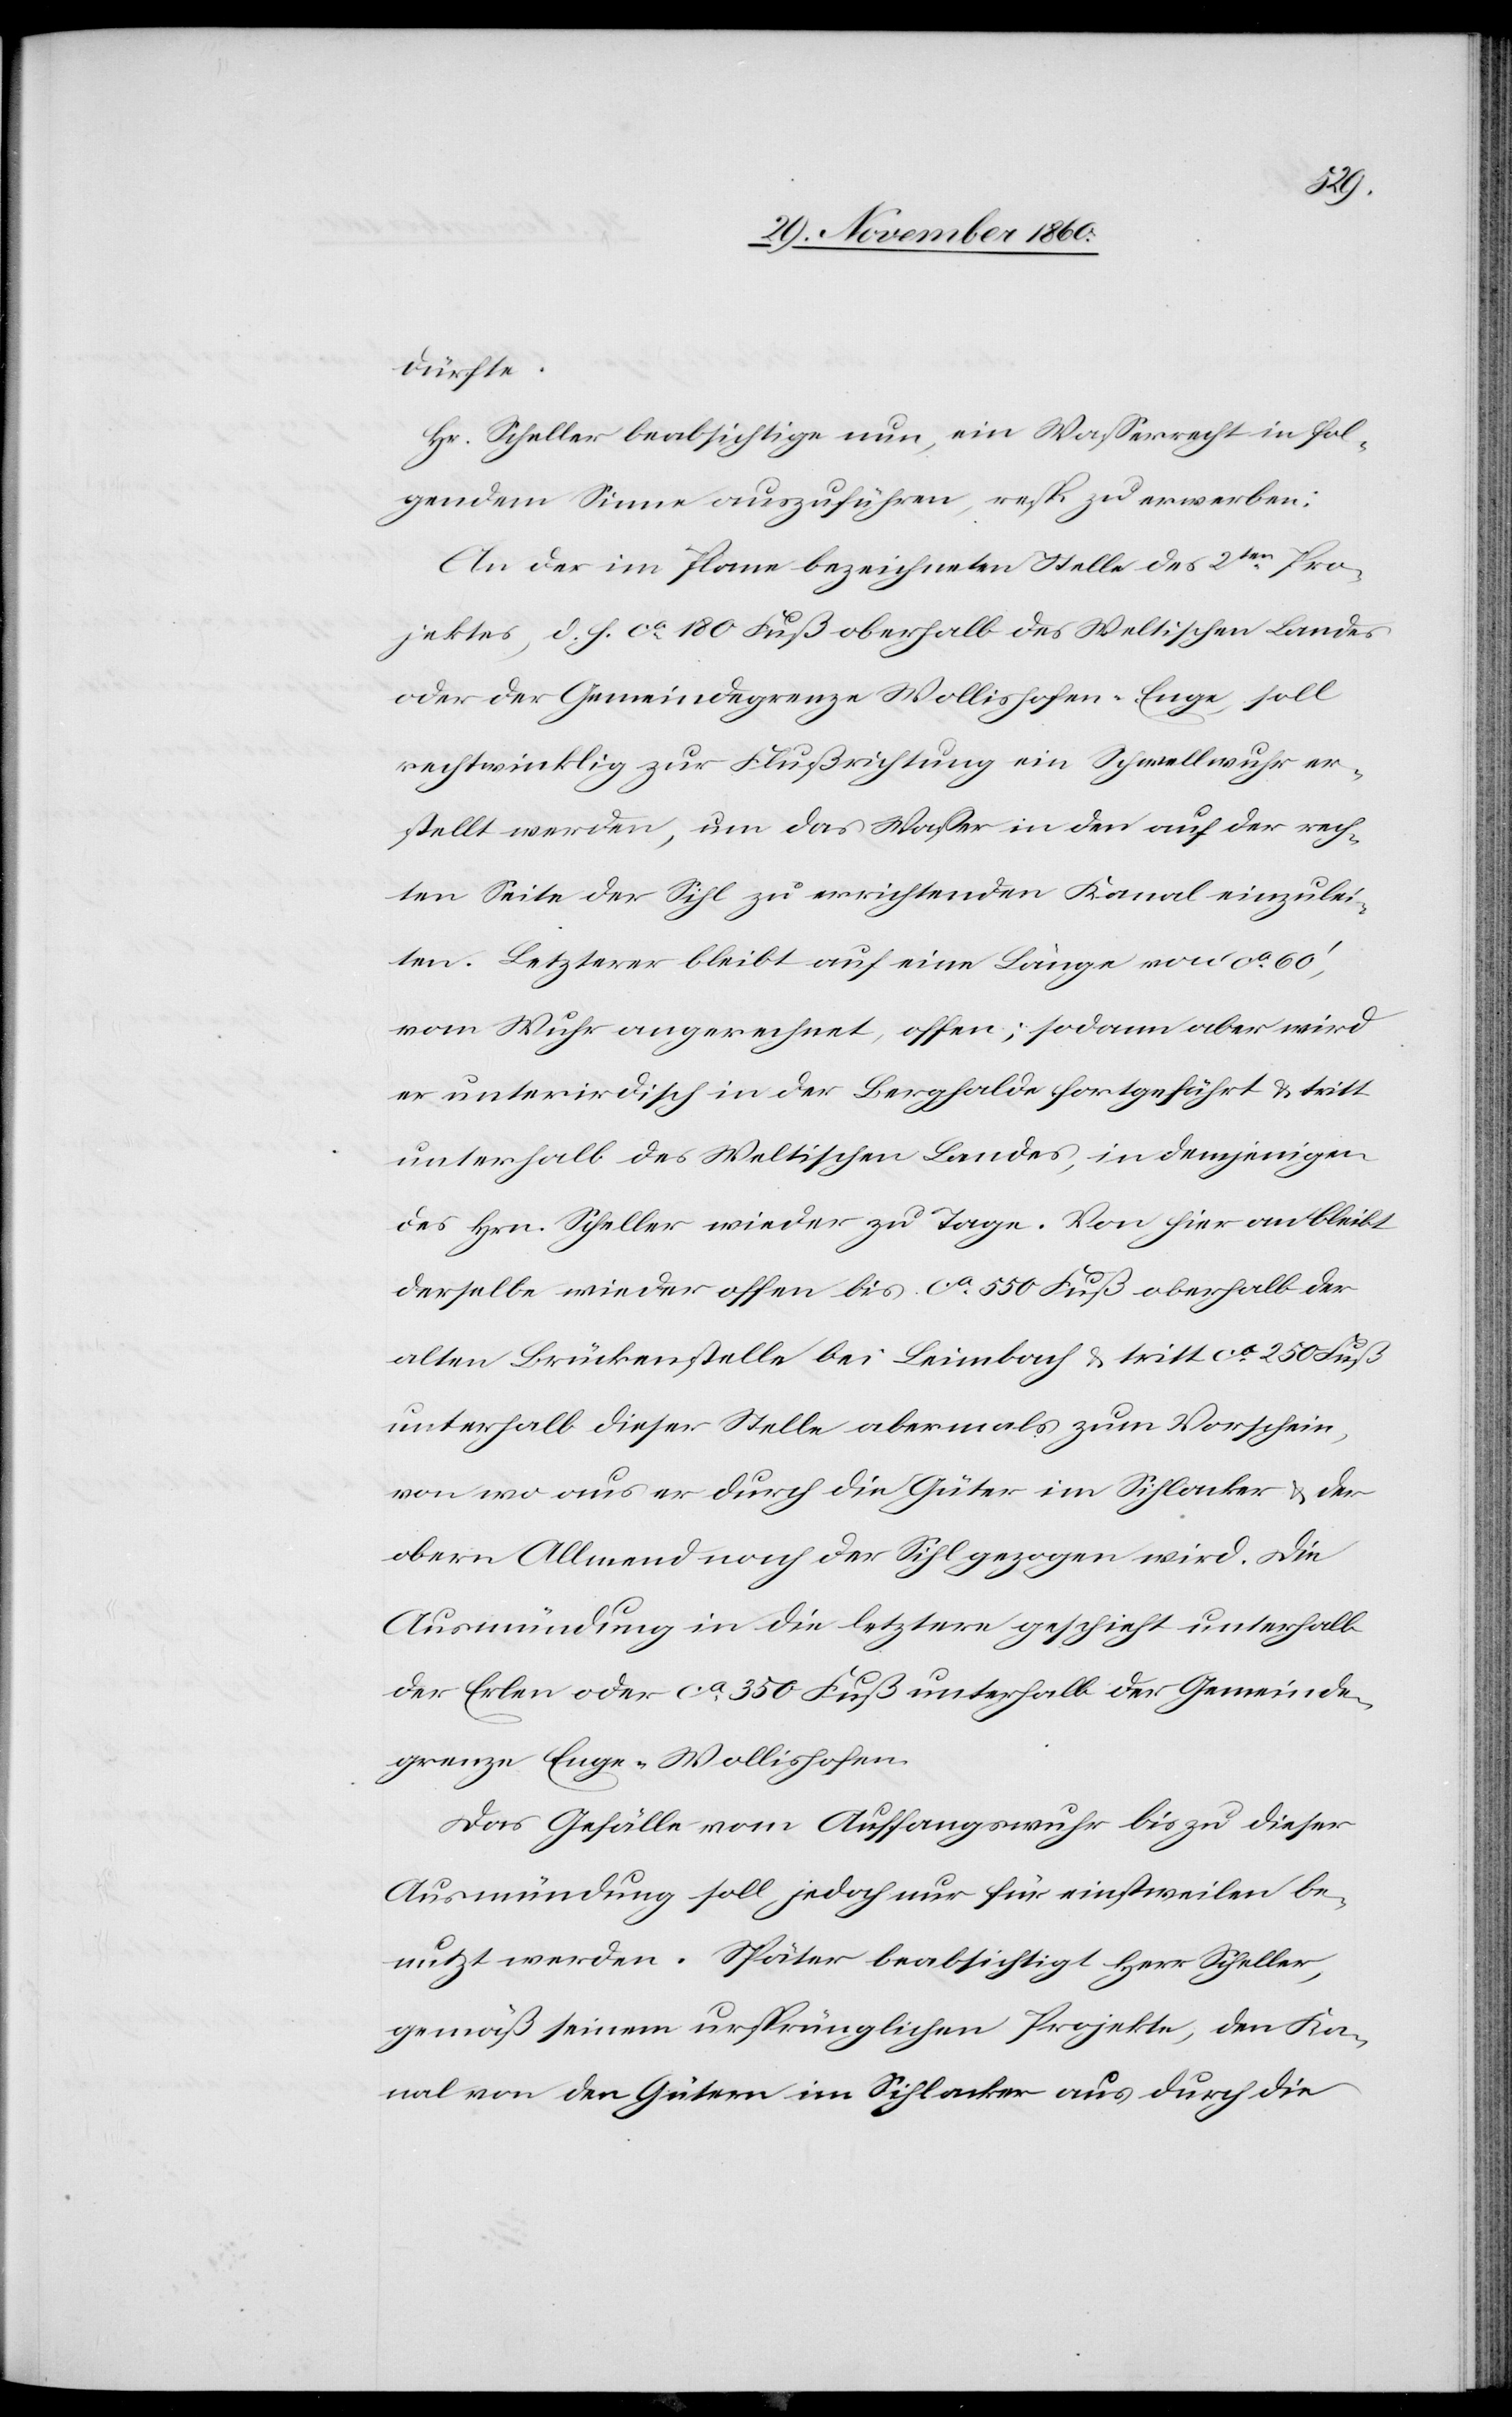
dürfte.
Hr. Scheller beabsichtige nun, ein Wasserrecht in fol¬
gendem Sinne auszuführen, resp. zu erwerben:
An der im Plane bezeichneten Stelle des 2ten Pro¬
jektes, d. d. ca 180 Fuß oberhalb des Weltischen Landes
oder der Gemeindegrenze Wollishofen-Enge, soll
rechtwinklig zur Flußrichtung ein Schwellwuhr er¬
stellt werden, um das Wasser in den auf der rech¬
ten Seite der Sihl zu errichtenden Kanal einzulei¬
ten. Letzterer bleibt auf eine Länge von ca 60’,
vom Wuhr angerechnet, offen; sodann aber wird
er unterirdisch in der Berghalde fortgeführt u. tritt
unterhalb des Weltischen Landes, in demjenigen
des Hrn. Scheller wieder zu Tage. Von hier an bleibt
derselbe wieder offen bis ca 550 Fuß oberhalb der
alten Brückenstelle bei Leimbach u. tritt ca 250 Fuß
unterhalb dieser Stelle abermals zum Vorschein,
von wo aus er durch die Güter im Sihlacker u. der
obern Allmend nach der Sihl gezogen wird. Die
Ausmündung in die letztere geschieht unterhalb
der Erlen oder ca 350 Fuß unterhalb der Gemeinde¬
grenze Enge-Wollishofen.
Das Gefälle vom Auffangswuhr bis zu dieser
Ausmündung soll jedoch nur für einstweilen be¬
nutzt werden. Später beabsichtigt Herr Scheller,
gemäß seinem ursprünglichen Projekte, den Ka¬
nal von den Gütern im Sihlacker aus durch die